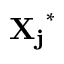
\mathbf { X _ { j } } ^ { * }